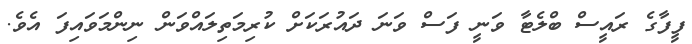
ފީފާގެ ރައީސް ބްލެޓާ ވަނީ ފަސް ވަނަ ދައުރަކަށް ކުރިމަތިލައްވަން ނިންމަވައިފަ އެވެ.